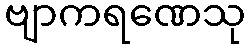
ဗျာကရဏေသု